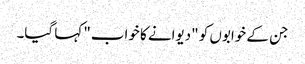
جن کے خوابوں کو "دیوانے کا خواب" کہا گیا۔